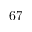
\mathrm { 6 7 }